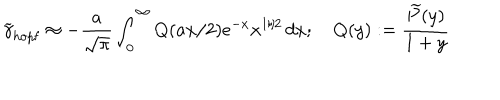
\widetilde \gamma _ { \mathrm { h o p f } } \approx - \frac { a } { \sqrt { \pi } } \int _ { 0 } ^ { \infty } Q ( a x / 2 ) e ^ { - x } x ^ { 1 / 2 } \, d x ; \quad Q ( y ) : = \frac { \widetilde { P } ( y ) } { 1 + y }